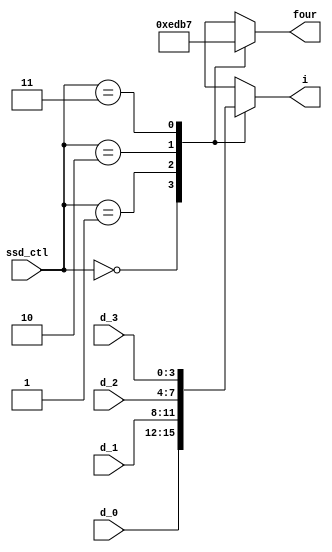
`timescale 1ns / 1ps
//////////////////////////////////////////////////////////////////////////////////
// Company: 
// Engineer: 
// 
// Design Name: 
// Module Name: ssd_ctl
// Project Name: 
// Target Devices: 
// Tool Versions: 
// Description: 
// 
// Dependencies: 
// 
// Revision:
// Revision 0.01 - File Created
// Additional Comments:
// 
//////////////////////////////////////////////////////////////////////////////////


module ssd_ctl(
    input [1:0] ssd_ctl,
    input [3:0] d_0,
    input [3:0] d_1,
    input [3:0] d_2,
    input [3:0] d_3,
    output reg [3:0] four,
    output reg [3:0] i);

always@(ssd_ctl) begin
    case(ssd_ctl)
    2'b00:begin
        four=4'b1110;
        i=d_0;
        end
    2'b01:begin
        four=4'b1101;
        i=d_1;
        end
    2'b10:begin
        four=4'b1011;
        i=d_2;
        end
    2'b11:begin
        four=4'b0111;
        i=d_3;
        end
    default:begin
        four=4'b0000;
        i=4'd8;
    end
    endcase
end
endmodule